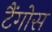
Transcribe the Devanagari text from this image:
टैंगोस